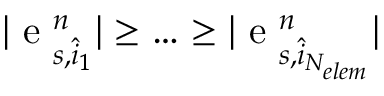
| \mathrm { ~ e ~ } _ { s , \hat { i } _ { 1 } } ^ { n } | \geq \ldots \geq | \mathrm { ~ e ~ } _ { s , \hat { i } _ { N _ { e l e m } } } ^ { n } |